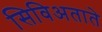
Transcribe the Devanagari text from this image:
सिविअताते